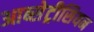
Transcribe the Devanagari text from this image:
आब्सेट्रीसियन